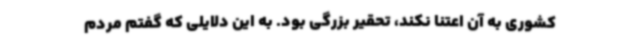
کشوری به آن اعتنا نکند، تحقیر بزرگی بود. به این دلایلی که گفتم مردم